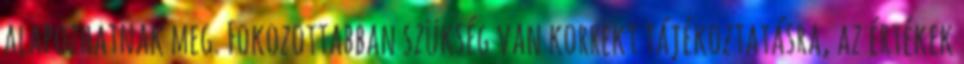
alapozhatnak meg. Fokozottabban szükség van korrekt tájékoztatásra, az értékek